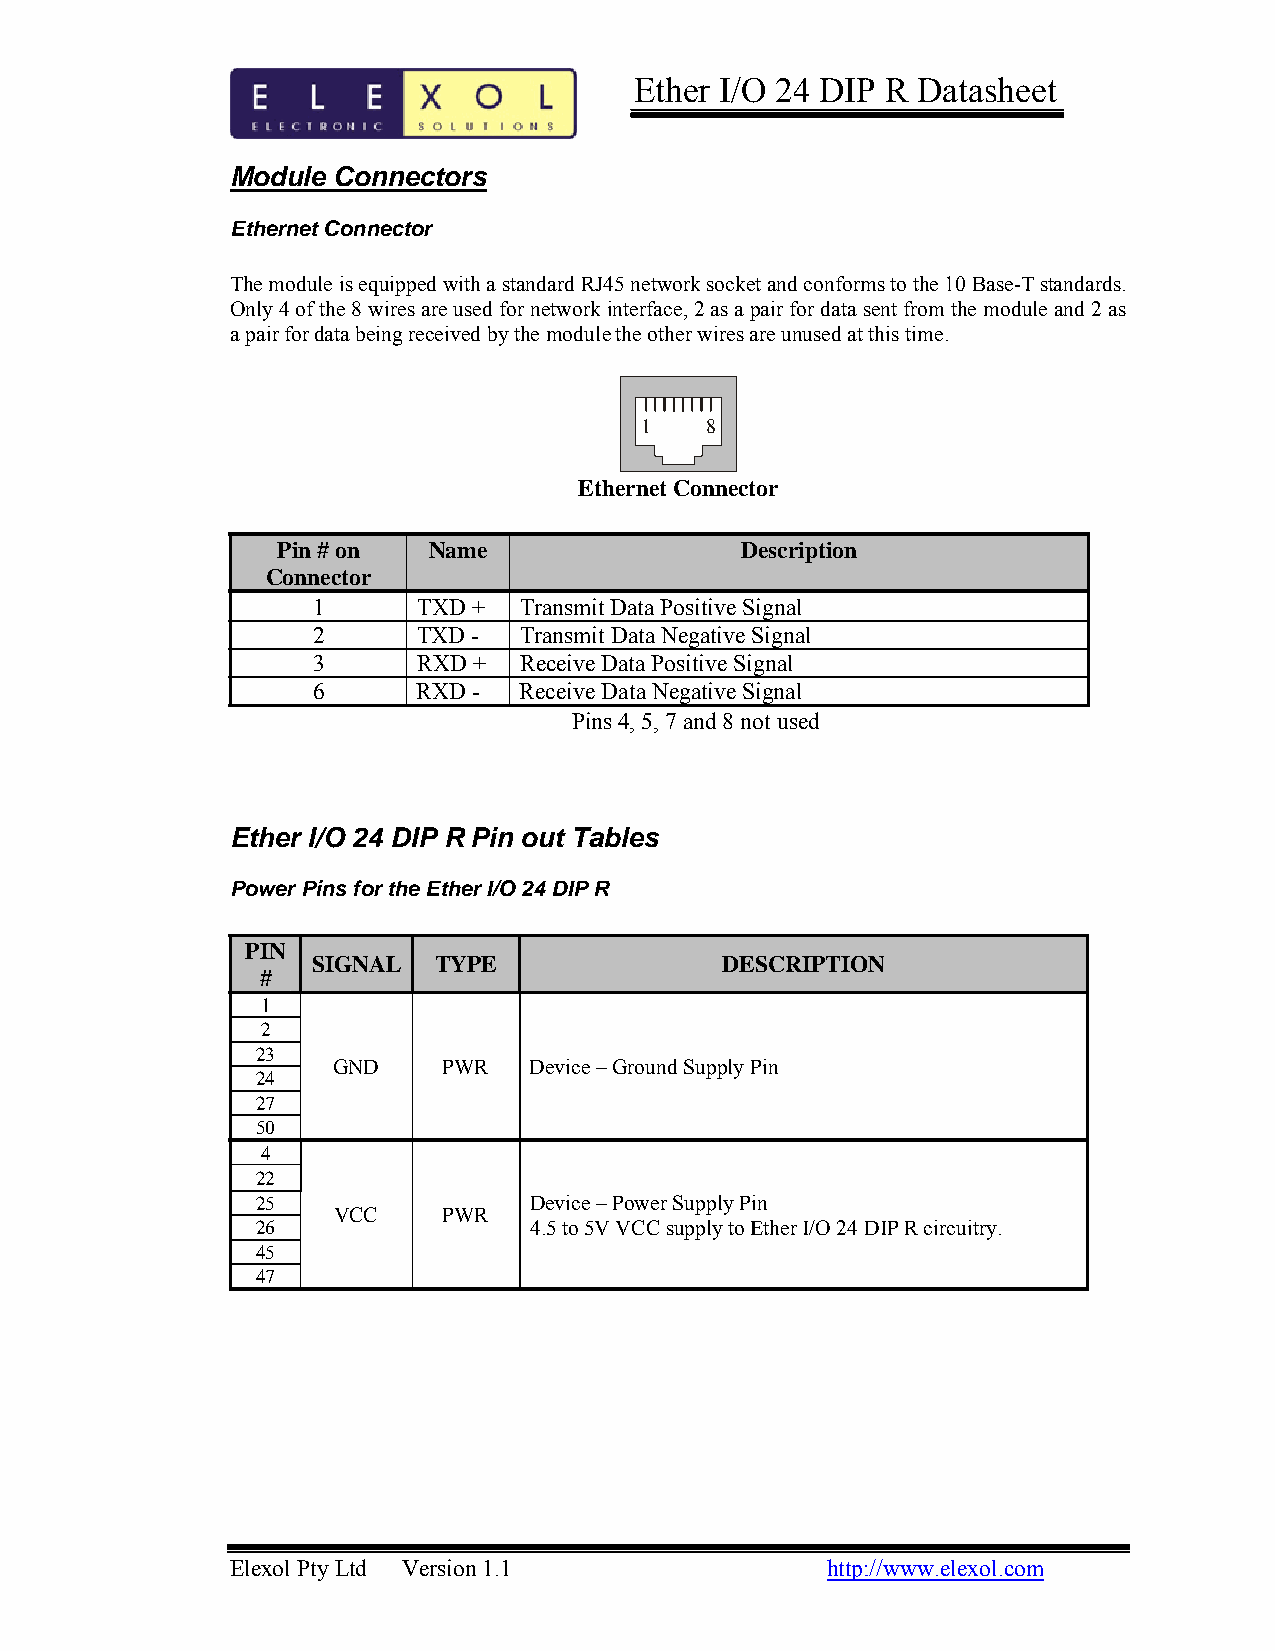
Ether I/O 24 DIP R Datasheet
 Module Connectors
 Ethernet Connector
 The module is equipped with a standard RJ45 network socket and conforms to the 10 Base-T standards.
 Only 4 of the 8 wires are used for network interface, 2 as a pair for data sent from the module and 2 as
 a pair for data being received by the module the other wires are unused at this time.
 1    8
 Ethernet Connector
 Pin # on  Name                 Description
 Connector
 1      TXD + Transmit Data Positive Signal
 2      TXD - Transmit Data Negative Signal
 3      RXD + Receive Data Positive Signal
 6      RXD - Receive Data Negative Signal
 Pins 4, 5, 7 and 8 not used
 Ether I/O 24 DIP R Pin out Tables
 Power Pins for the Ether I/O 24 DIP R
 PIN
 SIGNAL  TYPE               DESCRIPTION
 #
 1
 2
 23
 GND    PWR   Device – Ground Supply Pin
 24
 27
 50
 4
 22
 25                Device – Power Supply Pin
 VCC    PWR
 26                4.5 to 5V VCC supply to Ether I/O 24 DIP R circuitry.
 45
 47
 Elexol Pty Ltd Version 1.1              http://www.elexol.com